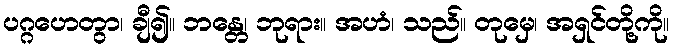
ပဂ္ဂဟေတွာ၊ ချီ၍။ ဘန္တေ၊ ဘုရား။ အဟံ၊ သည်။ တုမှေ၊ အရှင်တို့ကို။